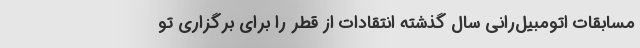
مسابقات اتومبیل‌رانی سال گذشته انتقادات از قطر را برای برگزاری تو